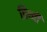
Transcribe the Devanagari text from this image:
प्रिथ्वी